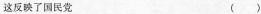
这反映了国民党 ( )